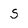
Character: S